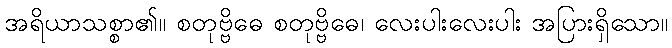
အရိယာသစ္စာ၏။ စတုဗ္ဗိဓေ စတုဗ္ဗိဓေ၊ လေးပါးလေးပါး အပြားရှိသော။